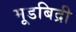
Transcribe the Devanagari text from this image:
मूडबिद्री